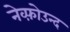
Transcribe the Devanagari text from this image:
नेव्फ़ोउन्द